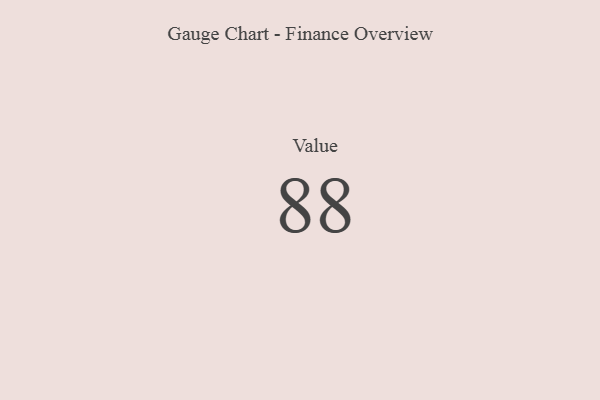
{"axis": {"x": "Metric", "y": "Value"}, "legend": [""], "data": [{"x": "Value", "y": 88, "type": ""}]}